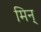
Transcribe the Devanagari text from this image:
मिन्‌